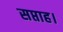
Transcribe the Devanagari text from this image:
सप्ताह।